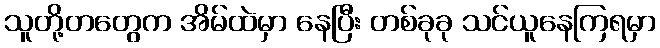
သူတို့တတွေက အိမ်ထဲမှာ နေပြီး တစ်ခုခု သင်ယူနေကြရမှာ